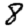
Digit: 8